V__Kingissepa_nim__kolhoos, lk 50
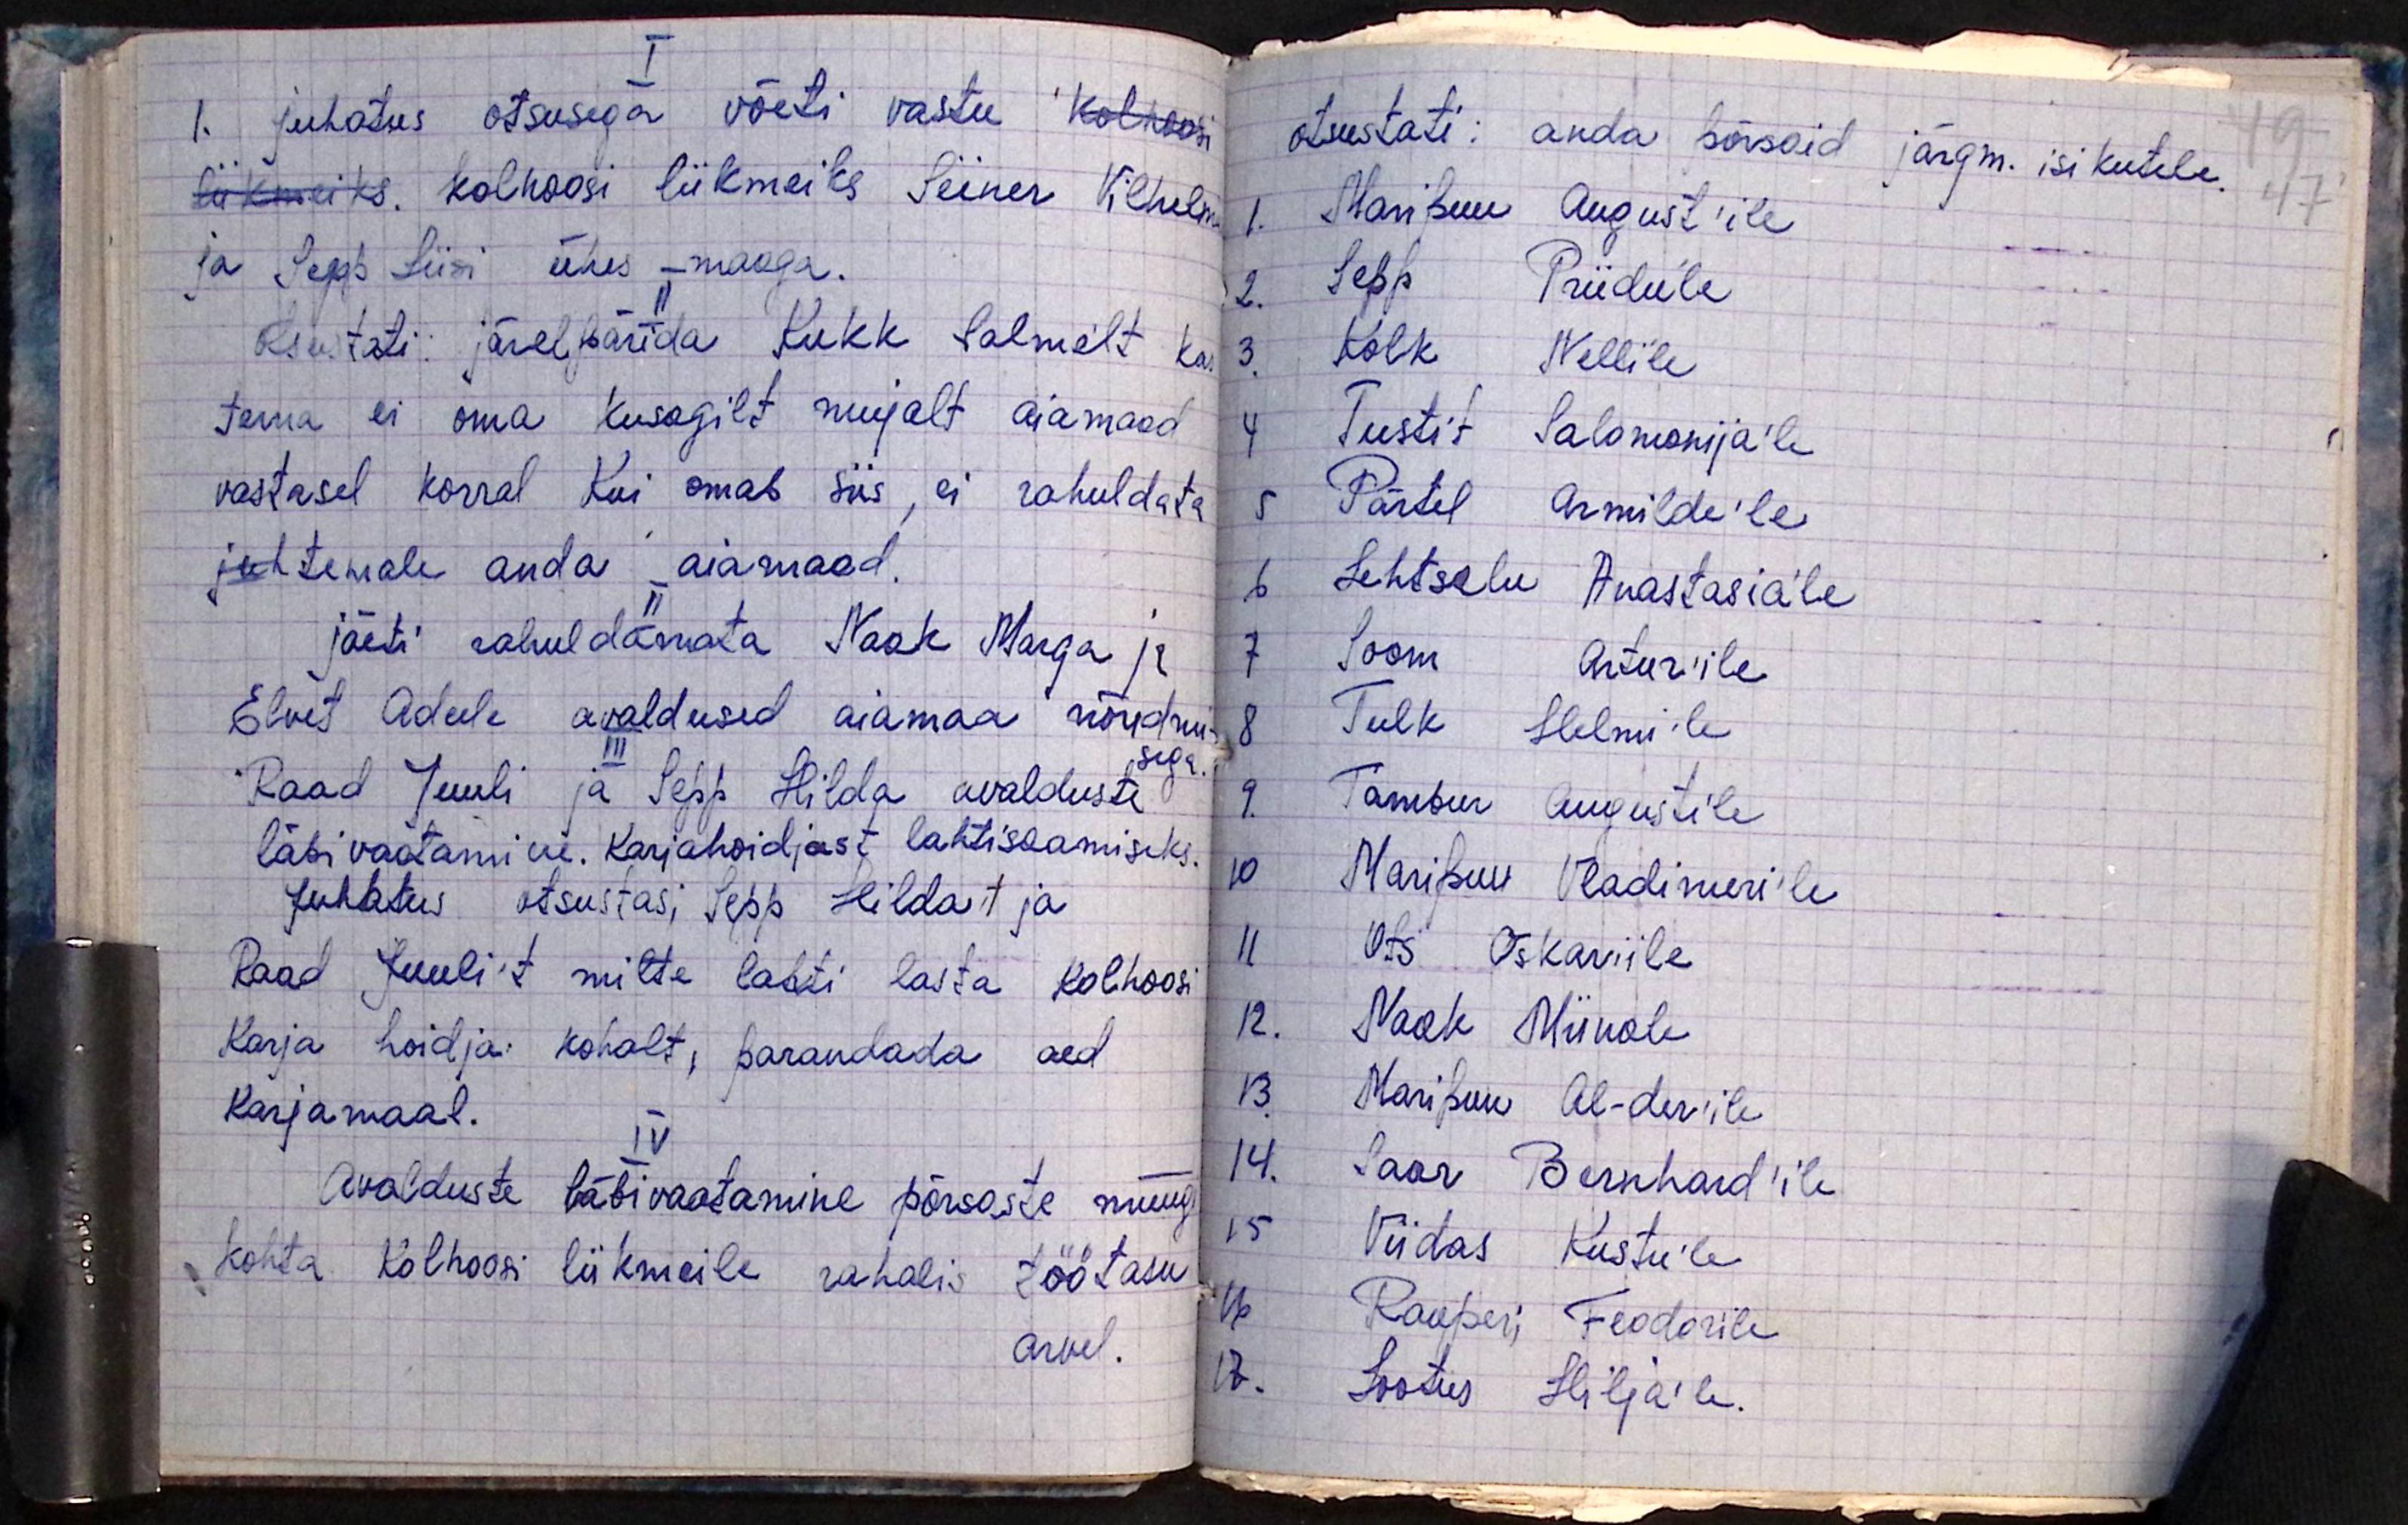
I
1. juhatus otsusega võeti vastu kolhoosi
liikmeteks. Kolhoosi liikmeiks Siiner Vilhelm
ja Sepp Liisi ühes - maaga.
otsustati: järelpärida Kukk Salmelt kas
tema ei oma kusagilt mujalt aiamaad
vastasel korral Kui omab siis, ei rahuldata
juh temale anda aiamaad.
jäeti rahuldamata Naak Marga ja
Elvet Adeele avaldused aiamaa nõudmi-
sega.
III
Rood Juuli ja Sepp Hilda avalduste
läbivaatamine. Karjahoidjast lahtisaamiseks.
Juhatus otsustas; Sepp Hilda't ja
Raad Juuli't mitte lahti lasta kolhoosi
Karja hoidja kohalt, parandada aed
Karjamaal.
IV
Avalduste läbivaatamine põrsaste müügi
kohta kolhoosi liikmeile rahalis töötasu
arvel.

otsustati: anda põrsaid järgm. isikutele.
1. Maripuu August'ile
2. Sepp Priidu'le
3. Kolk Nelli'le
4 Teestit Salomonija'le
5 Pärtel Armilde'le
6 Lehtsalu Anastasia'le
7 Soom Artur'ile
8 Tulk Helmi'le
9. Tambur Augustile
10 Maripuu Vladimeri'le
11 Ots Oskariile
12. Naok Miinale
13. Maripuu Al-der'ile
14. Saar Bernhard'ile
15 Viidas Kustu'le
16 Raoperi Feodorile
17. Lootus Hilja'le.